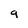
Character: 9